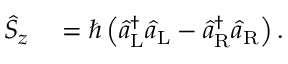
\begin{array} { r l } { \hat { S } _ { z } } & { { } = \hbar \left( \hat { a } _ { \mathrm { L } } ^ { \dagger } \hat { a } _ { \mathrm { L } } - \hat { a } _ { \mathrm { R } } ^ { \dagger } \hat { a } _ { \mathrm { R } } \right) . } \end{array}